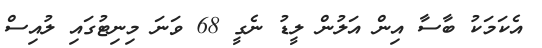
އެކަމަކު ބާސާ އިން އަލުން ލީޑު ނެގީ 68 ވަނަ މިނިޓުގައި ލުއިސް